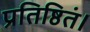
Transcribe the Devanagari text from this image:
प्रतिष्ठितं।